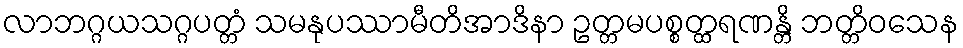
လာဘဂ္ဂယသဂ္ဂပတ္တံ သမနုပဿာမီတိအာဒိနာ ဥတ္တမပစ္စတ္ထရဏန္တိ ဘတ္တိဝသေန